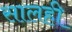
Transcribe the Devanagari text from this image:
सालही